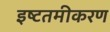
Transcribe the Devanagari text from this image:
इष्‍टतमीकरण